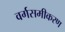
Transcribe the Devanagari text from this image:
वर्गसमीकरण